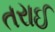
તરાઈ